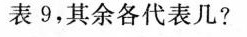
表9，其余各代表几?